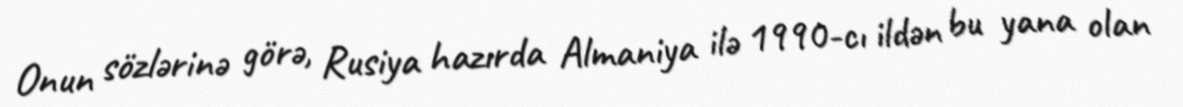
Onun sözlərinə görə, Rusiya hazırda Almaniya ilə 1990-cı ildən bu yana olan